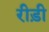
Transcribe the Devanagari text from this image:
रीड़ी